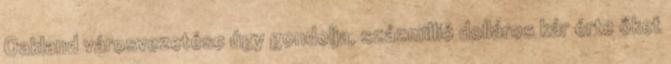
Oakland városvezetése úgy gondolja, százmillió dolláros kár érte őket